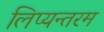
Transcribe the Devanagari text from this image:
लिप्यन्तरम